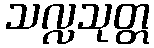
သလ္လသုတ္တ